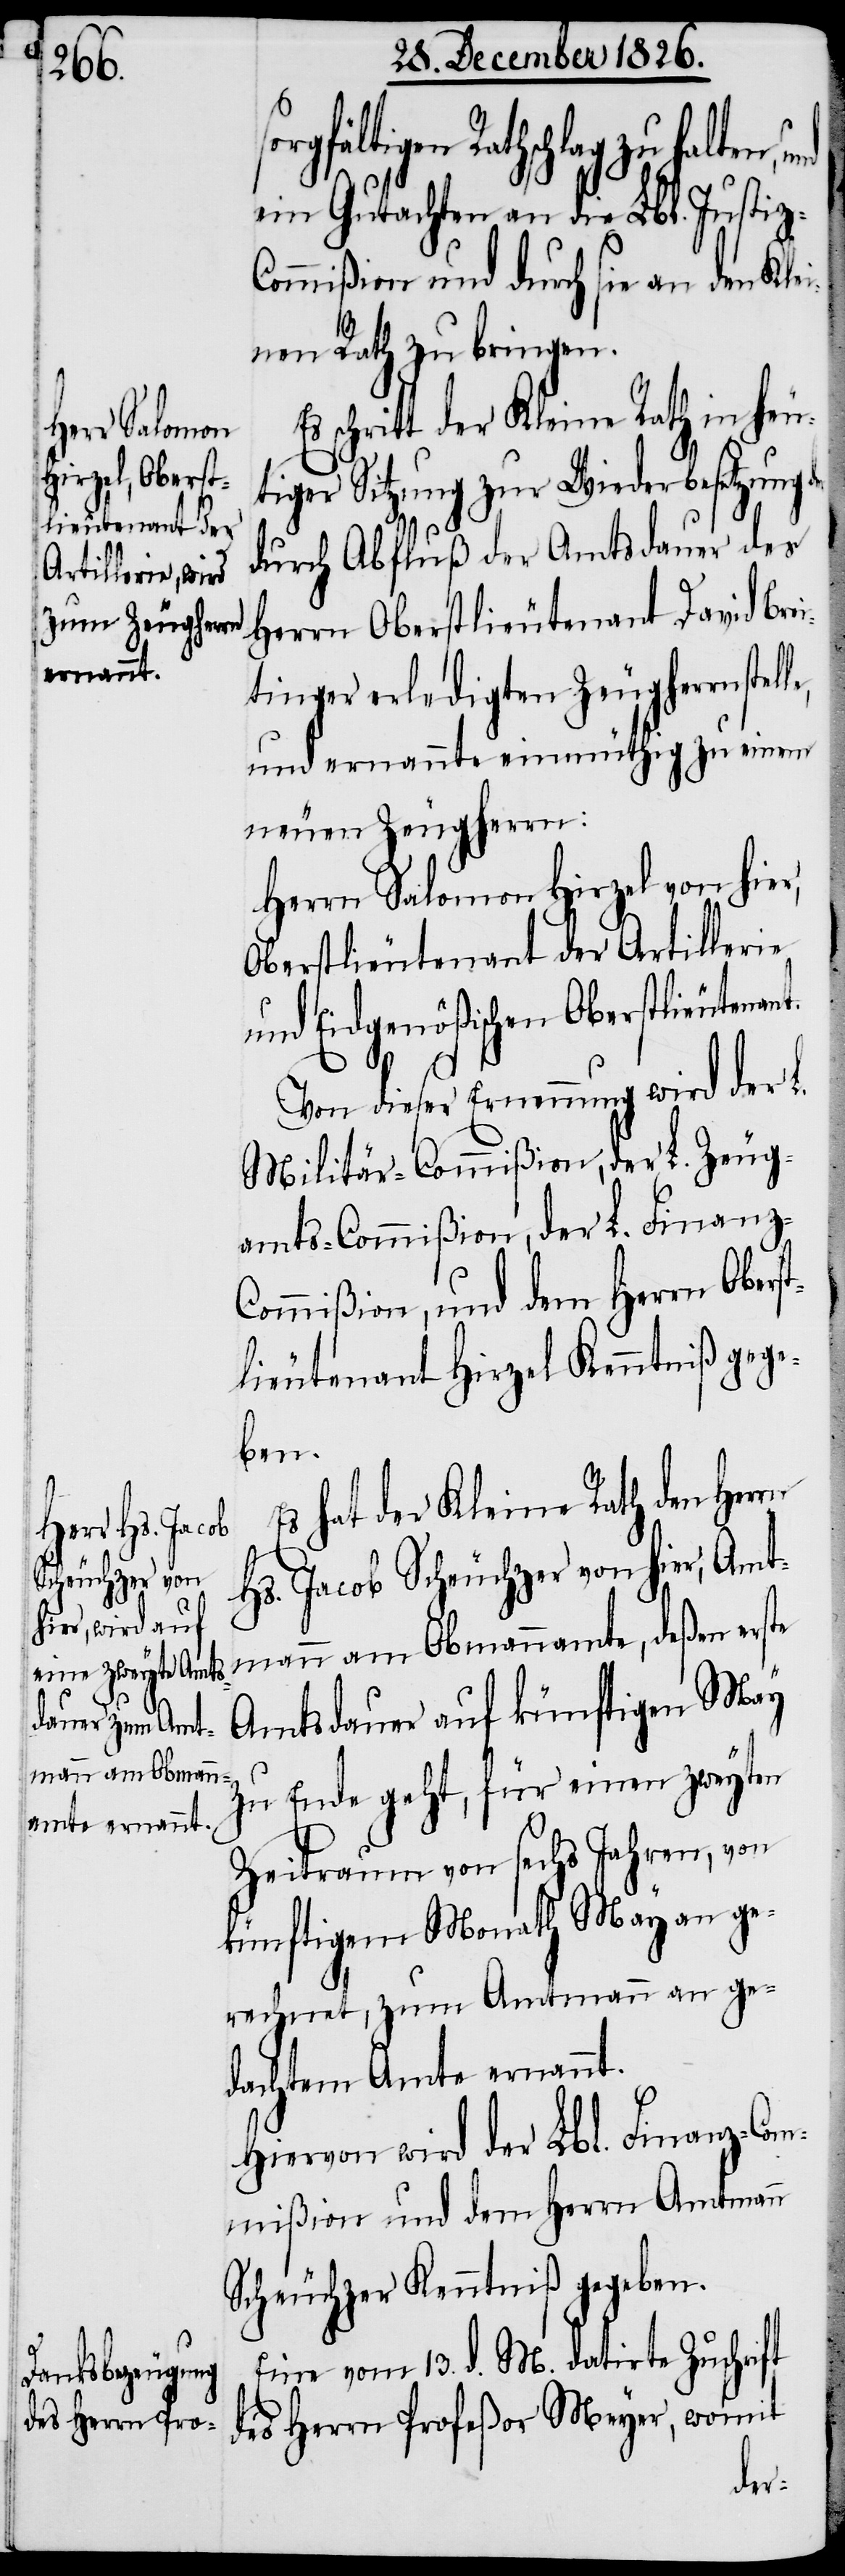
t.

gfältigen Rathschlag zu halten,
ein Gutachten an die Lbl. Justiz-C¬
ommißion und durch sie an den Klei¬
nen Rath zu bringen.
schritt der Kleine Rath in heu¬
iger Sitzung zur Wiederbesetzung
durch Abfluß der Amtsdauer des
Herrn Oberstlieutenant David Brei¬
tinger erledigten Zeugherrnstel¬
und ernannte einmüthig zu einem
neuen Zeugherrn:
Herrn Salomon Hirzel von hier,
Oberstlieutenant der Artillerie
und Eidgenößischen Oberstlieutenan¬
Von dieser Ernennung wird der L.
Militär-Commißion, der L. Zeug¬
amts-Commißion, der L. Finanz-C¬
ommißion, und dem Herrn Obers¬
tlieutenant Hirzel Kenntniß gege¬
ben.
Es hat der Kleine Rath den Herrn
Hs. Jacob Scheuchzer von hier, Amt¬
mann am Obmannamte, deßen erste
Amtsdauer auf künftigen May
zu Ende geht, für einen zweyten
Zeitraum von sechs Jahren, von
künftigem Monath May an ge¬
rechnet, zum Amtmann an ge¬
dachtem Amte ernannt.
Hiervon wird der Lbl. Finanz-Com¬
mißion und dem Herrn Amtmann
Scheuchzer Kenntniß gegeben.
Eine vom 13. d. M. datirte Zuschrift
des Herrn Profeßor Meyer, womit
le,